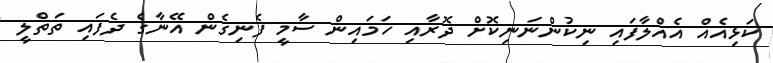
ކަޅިއެއް އެއްލާފައި ނިކުންނަނިކޮށް ދޮރާއި ހަމައިން ސާމީ ފެނިގެން އޭނާގެ ދެފައި ތަތްލީ